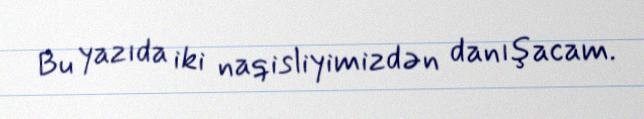
Bu yazıda iki naqisliyimizdən danışacam.